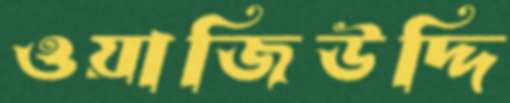
ওয়াজিউদ্দি